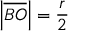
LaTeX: \left| { \overline { { B O } } } \right| = { \frac { r } { 2 } }